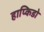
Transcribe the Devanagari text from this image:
हाप्किडो